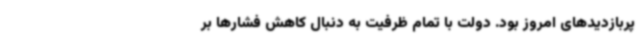
پربازدیدهای امروز بود. دولت با تمام ظرفیت به دنبال کاهش فشارها بر